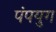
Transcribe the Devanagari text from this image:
पंपयुग